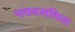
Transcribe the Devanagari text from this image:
पथनमथित्ता